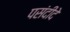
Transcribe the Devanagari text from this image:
पसंदीदे